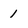
Character: 1